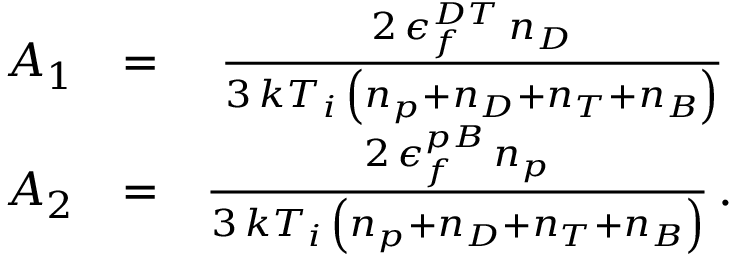
\begin{array} { r l r } { A _ { 1 } } & { = } & { \frac { 2 \, \epsilon _ { f } ^ { D T } \, n _ { D } } { 3 \, k T _ { i } \, \left( n _ { p } + n _ { D } + n _ { T } + n _ { B } \right) } \, } \\ { A _ { 2 } } & { = } & { \frac { 2 \, \epsilon _ { f } ^ { p B } \, n _ { p } } { 3 \, k T _ { i } \, \left( n _ { p } + n _ { D } + n _ { T } + n _ { B } \right) } \, . } \end{array}